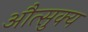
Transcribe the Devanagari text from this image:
औत्सुक्‍य